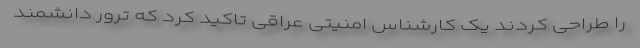
را طراحی کردند یک کارشناس امنیتی عراقی تاکید کرد که ترور دانشمند